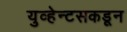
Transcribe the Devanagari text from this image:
युव्हेन्टसकडून